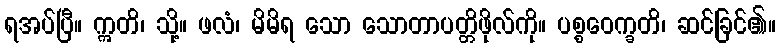
ရအပ်ပြီ။ ဣတိ၊ သို့။ ဖလံ၊ မိမိရ သော သောတာပတ္တိဖိုလ်ကို။ ပစ္စဝေက္ခတိ၊ ဆင်ခြင်၏။